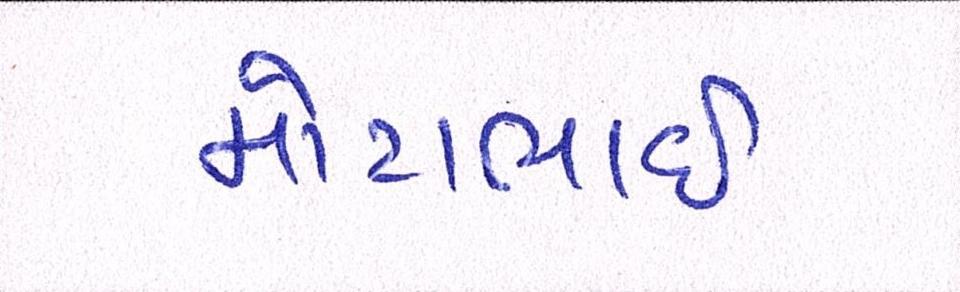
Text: મોટાભાઈ